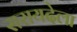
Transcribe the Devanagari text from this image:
सरायदेला